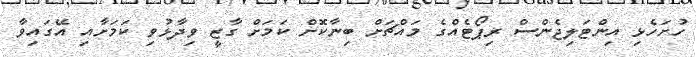
ހުށަހެޅި އިންޓަލިޖެންސް ރިޕޯޓެއްގެ މައްޗަށް ބިނާކޮށް ކަމަށް ގާޒީ ވިދާޅުވި ކަމަށާއި އޭގައިވާ